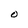
Character: O